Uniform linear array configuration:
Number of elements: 48
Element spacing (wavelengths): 0.75
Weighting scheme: hamming
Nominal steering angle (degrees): -15
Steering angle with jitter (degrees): -13.684
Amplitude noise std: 0.05
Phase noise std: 0.05

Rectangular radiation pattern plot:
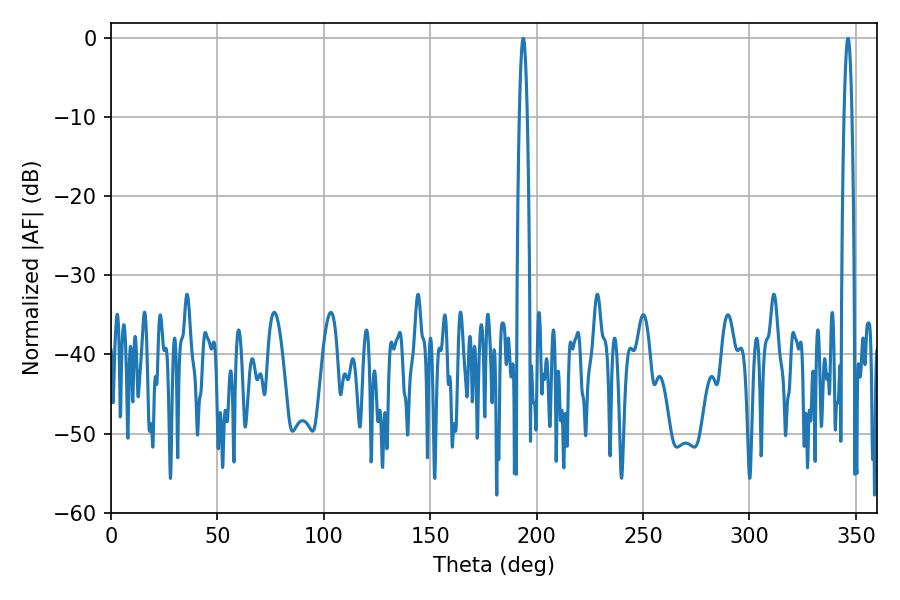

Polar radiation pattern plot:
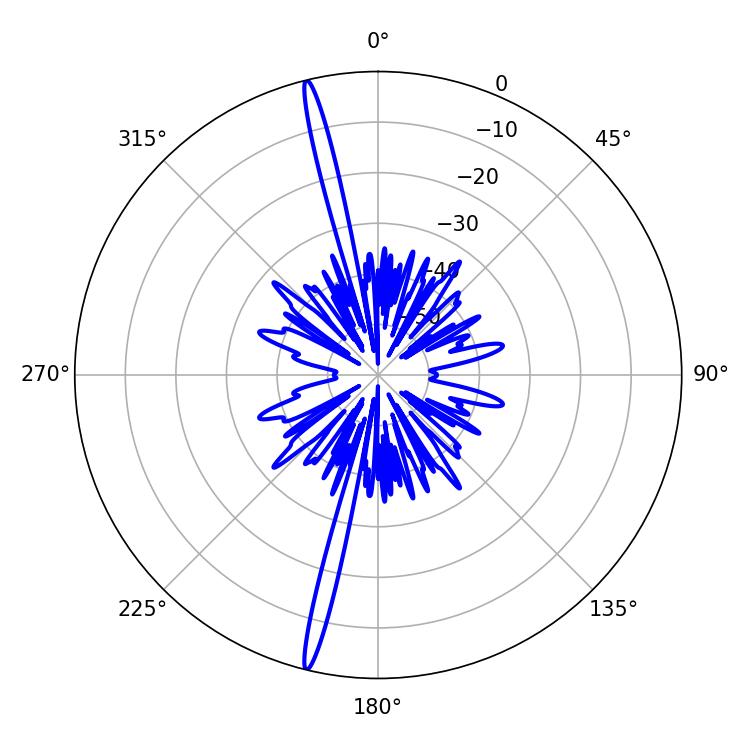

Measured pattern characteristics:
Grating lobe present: TRUE
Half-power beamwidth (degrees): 1.98
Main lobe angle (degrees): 193.68